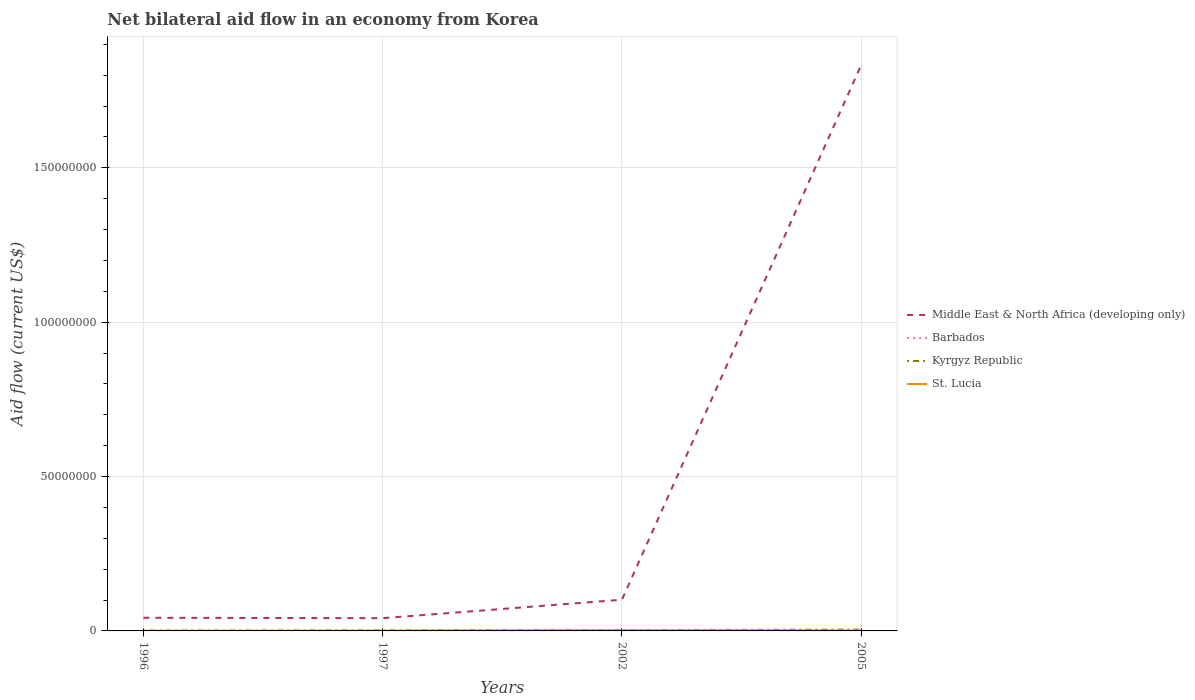
| Years | Middle East & North Africa (developing only) | Barbados | Kyrgyz Republic | St. Lucia |
 | --- | --- | --- | --- | --- |
 | 1996 | 4.26e+06 | 3e+04 | 1.1e+05 | 3e+04 |
 | 1997 | 4.13e+06 | 2e+04 | 1.6e+05 | 4e+04 |
 | 2002 | 1.01e+07 | 9e+04 | 2.3e+05 | 1.9e+05 |
 | 2005 | 1.83e+08 | 5e+04 | 4.2e+05 | 1e+05 |